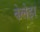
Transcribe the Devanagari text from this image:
वेलेझ